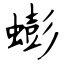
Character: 蟛